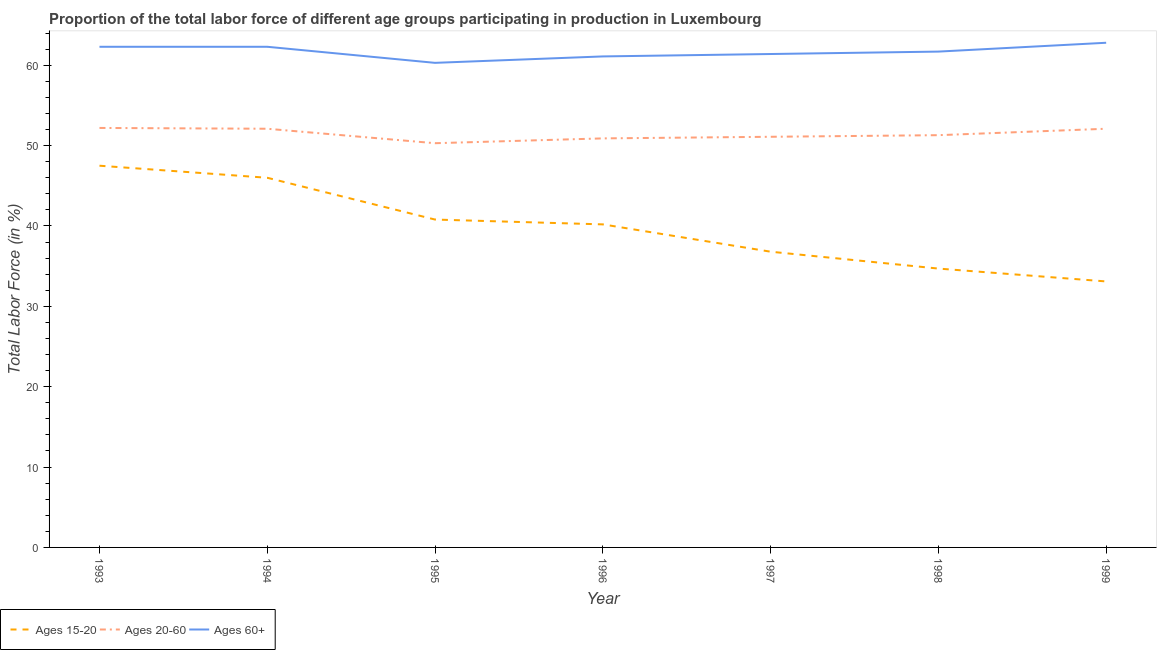
| Year | Ages 15-20 | Ages 20-60 | Ages 60+ |
 | --- | --- | --- | --- |
 | 1993 | 47.5 | 52.2 | 62.3 |
 | 1994 | 46 | 52.1 | 62.3 |
 | 1995 | 40.8 | 50.3 | 60.3 |
 | 1996 | 40.2 | 50.9 | 61.1 |
 | 1997 | 36.8 | 51.1 | 61.4 |
 | 1998 | 34.7 | 51.3 | 61.7 |
 | 1999 | 33.1 | 52.1 | 62.8 |